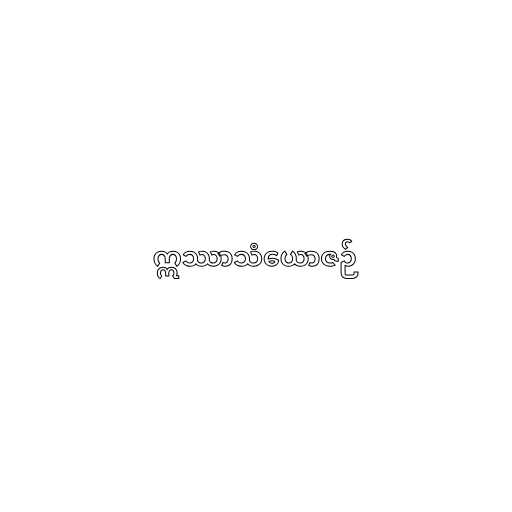
ဣဿာသံယောဇဉ်